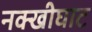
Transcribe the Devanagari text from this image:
नक्खीघाट